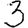
Digit: 3